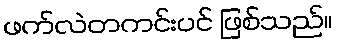
ဖက်လဲတကင်းပင် ဖြစ်သည်။